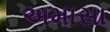
અમાસા